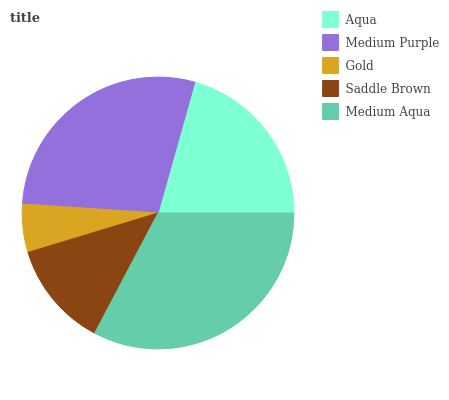
| Aqua | Medium Purple | Gold | Saddle Brown | Medium Aqua |
 | --- | --- | --- | --- | --- |
 | 20.7% | 28.3% | 5.74% | 12.6% | 32.7% |